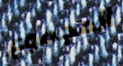
المجموع